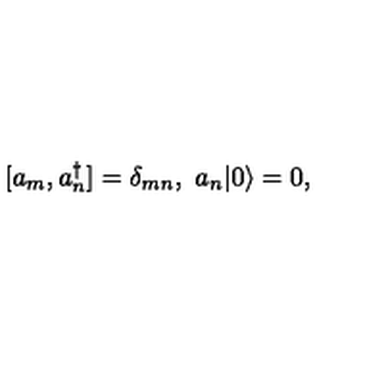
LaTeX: [ a _ { m } , a _ { n } ^ { \dagger } ] = \delta _ { m n } , \ a _ { n } | 0 \rangle = 0 ,